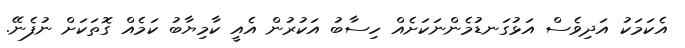
އެކަމަކު އަދިވެސް އަޅުގަނޑުމެންނަކަށެއް ހިސާބު އަކުރުން އެއީ ކާމިޔާބު ކަމެއް ގޮތަކަށް ނުފެނޭ.